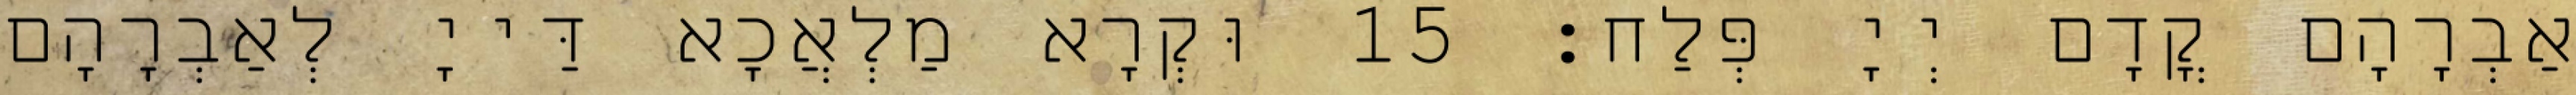
אַבְרָהָם קֳדָם יְיָ פְּלַח׃ 15 וּקְרָא מַלְאֲכָא דַּייָ לְאַבְרָהָם